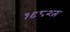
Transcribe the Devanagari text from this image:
१९८२त